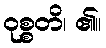
ဝုစ္စတိ၊ ၏။